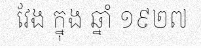
វែង ក្នុង ឆ្នាំ ១៩២៧